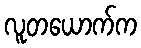
လူတယောက်က